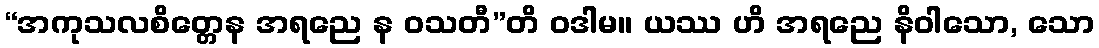
“အကုသလစိတ္တေန အရညေ န ဝသတီ”တိ ဝဒါမ။ ယဿ ဟိ အရညေ နိဝါသော, သော